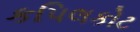
કપિલકોટ